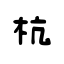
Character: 杭